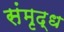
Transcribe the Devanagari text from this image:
संमृद्ध